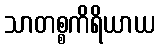
သာတစ္စကိရိယာယ